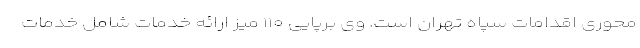
محوری اقدامات سپاه تهران است. وی برپایی ۱۱۰ میز ارائه خدمات شامل خدمات